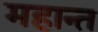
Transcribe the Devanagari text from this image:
महान्त